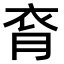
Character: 𧘯